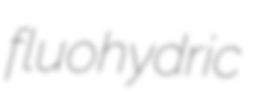
fluohydric